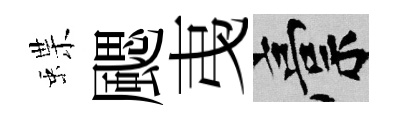
蝶颸𢎯稿